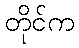
တိုင်က